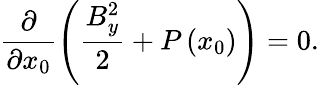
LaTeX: \frac{\partial}{\partial x_{0}}\left(\frac{B_{y}^{2}}{2}+P\left(x_{0}\right)\right)=0.